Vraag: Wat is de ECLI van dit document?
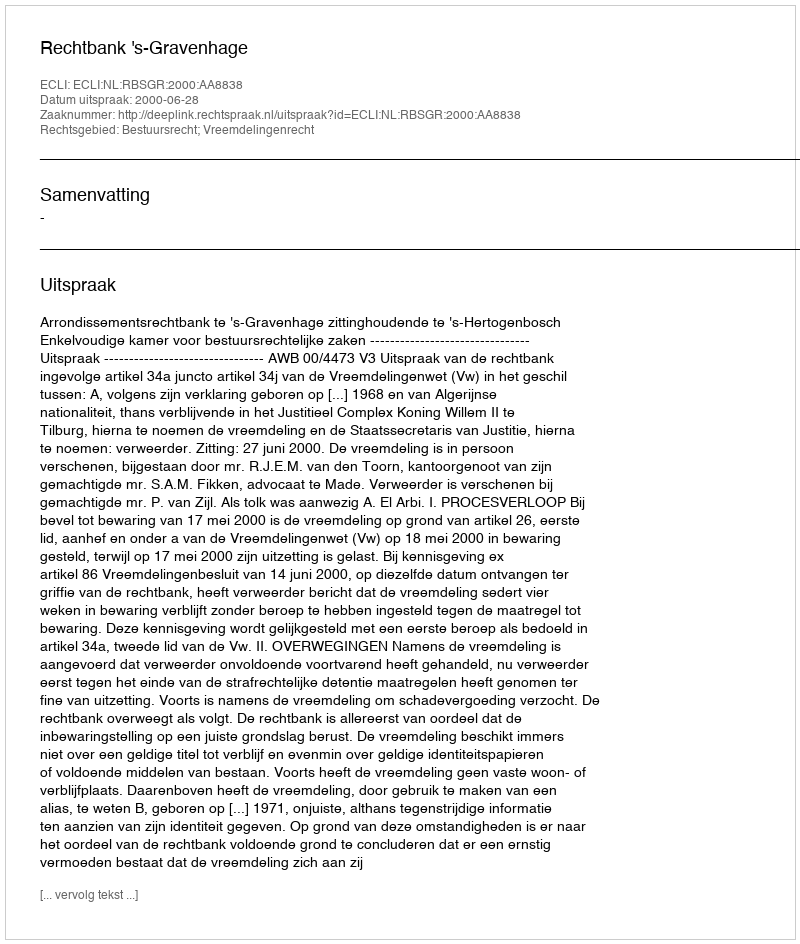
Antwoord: ECLI:NL:RBSGR:2000:AA8838